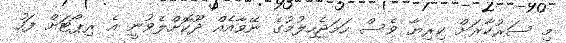
މި ސަރުކާރަށް ކިރިޔާ ވެސް ހަމަޖެހިލުމުގެ ނޭވާއެއް ދޫކޮށްލެވުނީ އެ ރިޕޯޓަށް ފަހު